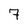
Character: 7